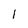
Character: 1